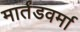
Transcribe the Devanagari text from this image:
मार्तंडवर्मा